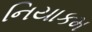
નિયાકમ